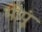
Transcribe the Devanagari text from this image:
भोपूं